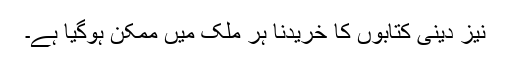
نیز دینى کتابوں کا خریدنا ہر ملک میں ممکن ہوگیا ہے۔